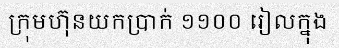
ក្រុមហ៊ុនយកប្រាក់ ១១០០ រៀលក្នុង